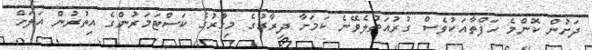
ދަށުން ކޮންމެ ހަފްތާއަކުވެސް ގުރުއަތުލެވޭނެ ކަމަށާ ދިރާގުގެ މިހާރުގެ ކަސްޓަމަރުންގެ އިތުރުން އަލަށް